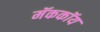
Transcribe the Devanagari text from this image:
मॅककॉय